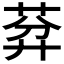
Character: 𦯳